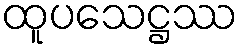
ထူပသေဋ္ဌဿ